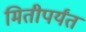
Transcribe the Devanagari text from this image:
मितीपर्यंत